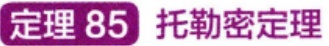
定理 85 托勒密定理